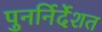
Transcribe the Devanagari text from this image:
पुनर्निर्देशत